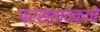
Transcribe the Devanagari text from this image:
प्रस्तावकाचे